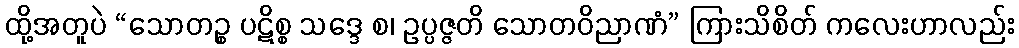
ထို့အတူပဲ “သောတဉ္စ ပဋိစ္စ သဒ္ဒေ စ၊ ဥပ္ပဇ္ဇတိ သောတဝိညာဏံ” ကြားသိစိတ် ကလေးဟာလည်း